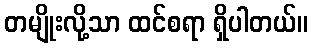
တမျိုးလို့သာ ထင်စရာ ရှိပါတယ်။